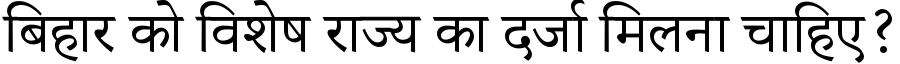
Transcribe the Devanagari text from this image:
बिहार को विशेष राज्य का दर्जा मिलना चाहिए?